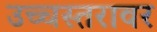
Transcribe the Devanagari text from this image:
उच्चस्तरावर